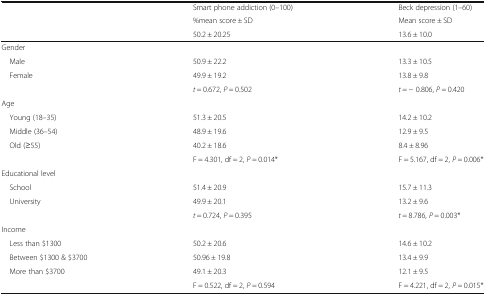
<table><thead><tr><td rowspan="3"></td><td><b>Smart phone addiction (0–100)</b></td><td><b>Beck depression (1–60)</b></td></tr><tr><td><b>%mean score ± SD</b></td><td><b>Mean score ± SD</b></td></tr><tr><td><b>50.2 ± 20.25</b></td><td><b>13.6 ± 10.0</b></td></tr></thead><tbody><tr><td colspan="3">Gender</td></tr><tr><td> Male</td><td>50.9 ± 22.2</td><td>13.3 ± 10.5</td></tr><tr><td> Female</td><td>49.9 ± 19.2</td><td>13.8 ± 9.8</td></tr><tr><td></td><td><i>t</i> = 0.672, <i>P</i> = 0.502</td><td><i>t</i> = − 0.806, <i>P</i> = 0.420</td></tr><tr><td colspan="3">Age</td></tr><tr><td> Young (18–35)</td><td>51.3 ± 20.5</td><td>14.2 ± 10.2</td></tr><tr><td> Middle (36–54)</td><td>48.9 ± 19.6</td><td>12.9 ± 9.5</td></tr><tr><td> Old (≥55)</td><td>40.2 ± 18.6</td><td>8.4 ± 8.96</td></tr><tr><td></td><td>F = 4.301, df = 2, <i>P</i> = 0.014*</td><td>F = 5.167, df = 2, <i>P</i> = 0.006*</td></tr><tr><td>Educational level</td><td></td><td></td></tr><tr><td> School</td><td>51.4 ± 20.9</td><td>15.7 ± 11.3</td></tr><tr><td> University</td><td>49.9 ± 20.1</td><td>13.2 ± 9.6</td></tr><tr><td></td><td><i>t</i> = 0.724, <i>P</i> = 0.395</td><td><i>t</i> = 8.786, <i>P</i> = 0.003*</td></tr><tr><td colspan="3">Income</td></tr><tr><td> Less than $1300</td><td>50.2 ± 20.6</td><td>14.6 ± 10.2</td></tr><tr><td> Between $1300 &amp; $3700</td><td>50.96 ± 19.8</td><td>13.4 ± 9.9</td></tr><tr><td> More than $3700</td><td>49.1 ± 20.3</td><td>12.1 ± 9.5</td></tr><tr><td></td><td>F = 0.522, df = 2, <i>P</i> = 0.594</td><td>F = 4.221, df = 2, <i>P</i> = 0.015*</td></tr></tbody></table>